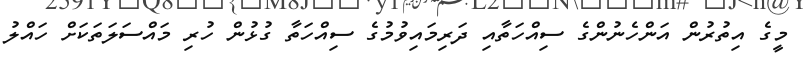
މީގެ އިތުރުން އަންހެނުންގެ ސިއްހަތާއި ދަރިމައިވުމުގެ ސިއްހަތާ ގުޅުން ހުރި މައްސަލަތަކަށް ހައްލު